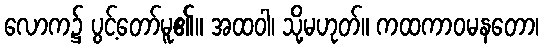
လောက၌ ပွင့်တော်မူ၏။ အထဝါ၊ သို့မဟုတ်။ ကထကာဝမနတော၊